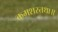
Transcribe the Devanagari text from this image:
क्रमशस्तथा॥